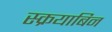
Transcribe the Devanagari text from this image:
स्क्रयाबिन